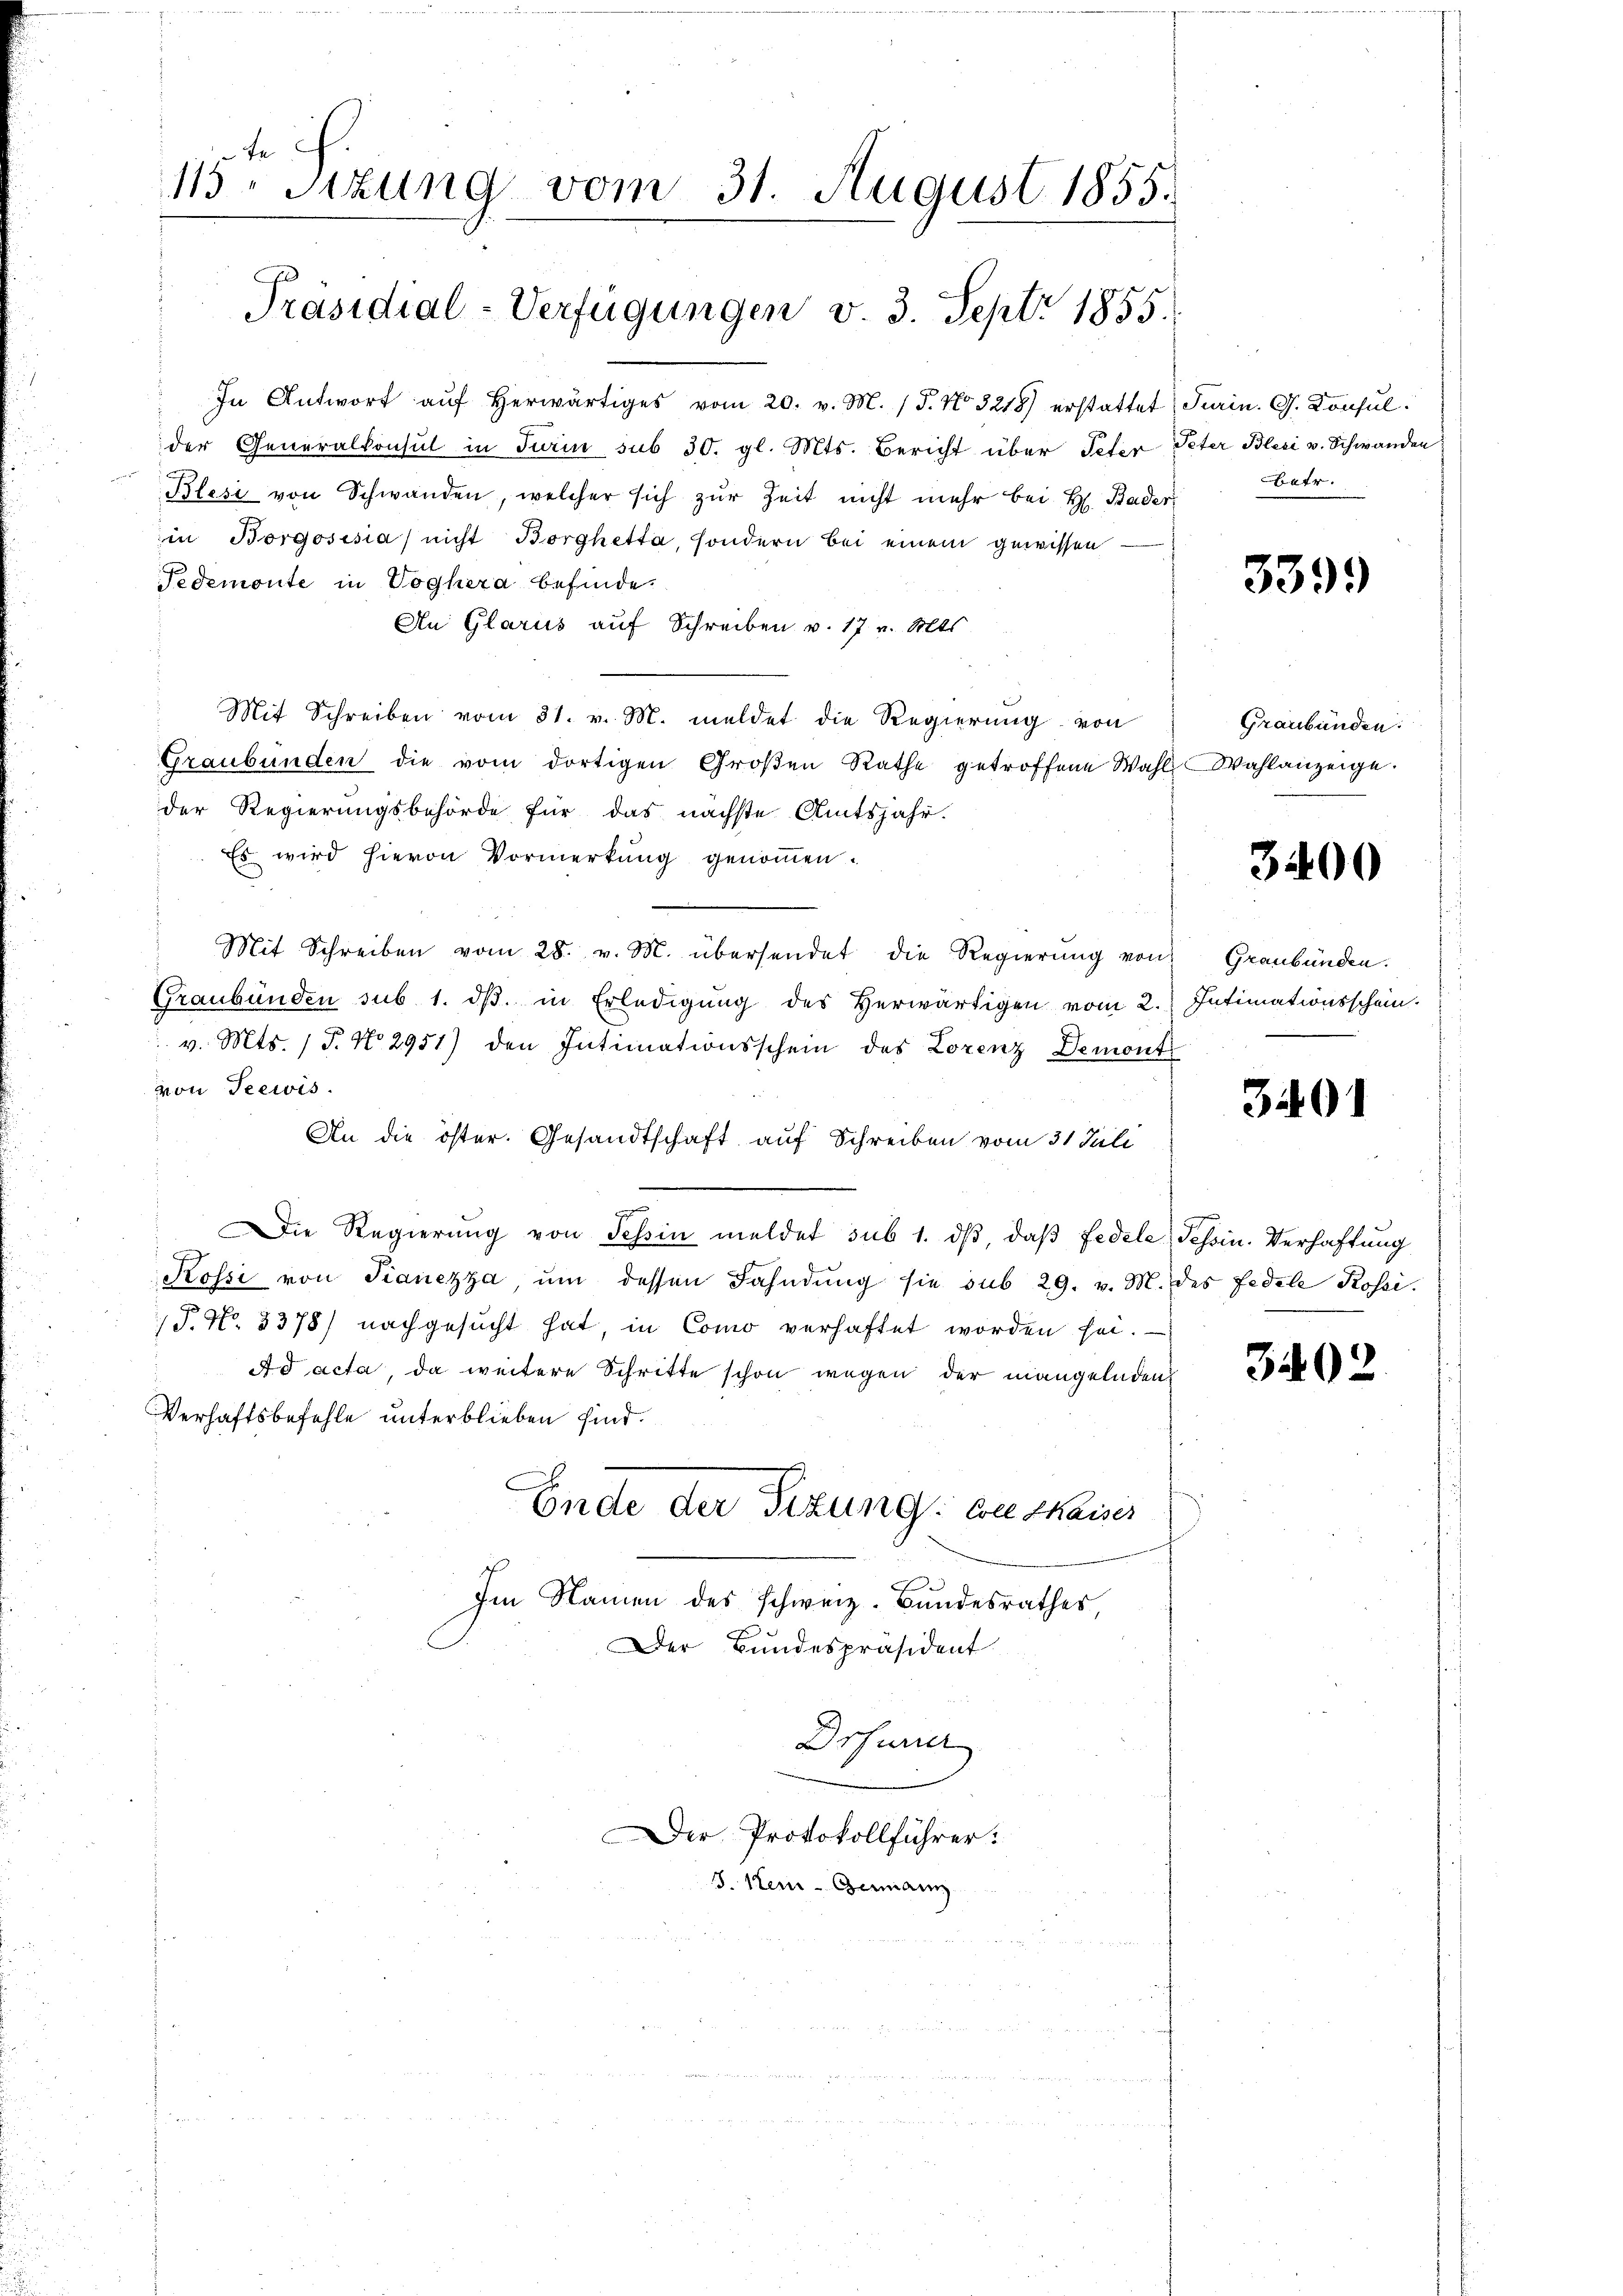
115. Sitzung vom 31. August 1855.
Präsidial-Verfügungen v. 3. Sept. 1855.

In Antwort aŭf herwärtiges vom 20. v. M. / 5. No. 3218) erstattet
der Generalkonsul in Turin sub 30. gl. Mts. Bericht über Peter
Blesi von Schwanden, welcher sich zur Zeit nicht mehr bei H. Bader
in Borgosisia nicht Borghetta, sondern bei einem gewissen
Tedemonte in Voghera befinde.
An Glarus auf Schreiben v. 17 v. Mts
Mit Schreiben vom 31. v. M. meldet die Regierung von
Graubünden die vom dortigen Großen Rathe getroffene Wahl Wahlanzeige.
der Regierungsbehörde für das nächste Amtsjahr.
Es wird hievon Vormerkŭng genoṁen.
Mit Schreiben vom 28. v. M. übersendet die Regierŭng von
Graubünden sub. 1. dβ. in Erledigung des Herwärtigen vom 2.
 v. Mts. (T. No. 2951) den Intimationsschein des Lorenz Demont
von Seewis
An die öster. Gesandtschaft auf Schreiben vom 31 Juli
Die Regierung von Tessin meldet sub 1. dβ, daβ Fedele Tessin. Verhaftung
.
Rossi von Fianezza, um dessen Fahndung sie sub 29. v. M. des Fedele Rossi¬
P. No. 3378) nachgesucht hat, in Como verhaftet worden sei.
Ad acta, da weitere Schritte schon wegen der mangelnden
Verhaftsbefehle unterblieben sind.
Ende der Sizung. Auskassis
Im Namen des Schweiz. Bundesrathes
Der Bundespräsident

Drsuner
Der Protokollführer:
J. Kei-Germann

Turin. G. Konsul
Peter Blesi v. Schwanden
betr.

3399

Graubünden.

3400

Graubünden.
Intimationsschein.

3401

3402